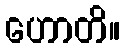
ဟောတိ။